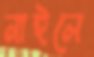
নাইলে